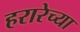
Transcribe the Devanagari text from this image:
हरारेच्या